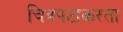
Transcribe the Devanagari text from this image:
चित्रपटाकरता